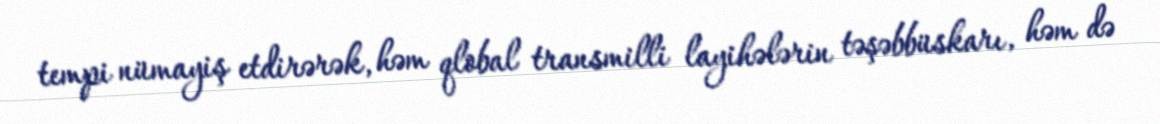
tempi nümayiş etdirərək, həm qlobal transmilli layihələrin təşəbbüskarı, həm də